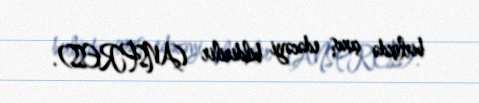
birlikdə çıxış edəcəyi bildirilir (ANSPRESS).